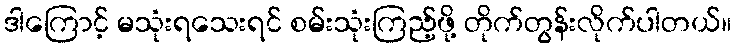
ဒါကြောင့် မသုံးရသေးရင် စမ်းသုံးကြည့်ဖို့ တိုက်တွန်းလိုက်ပါတယ်။